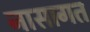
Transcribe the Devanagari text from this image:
नासागत